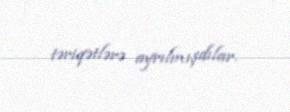
təriqətlərə ayrılmışdılar.